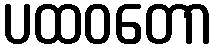
ပထဝတော